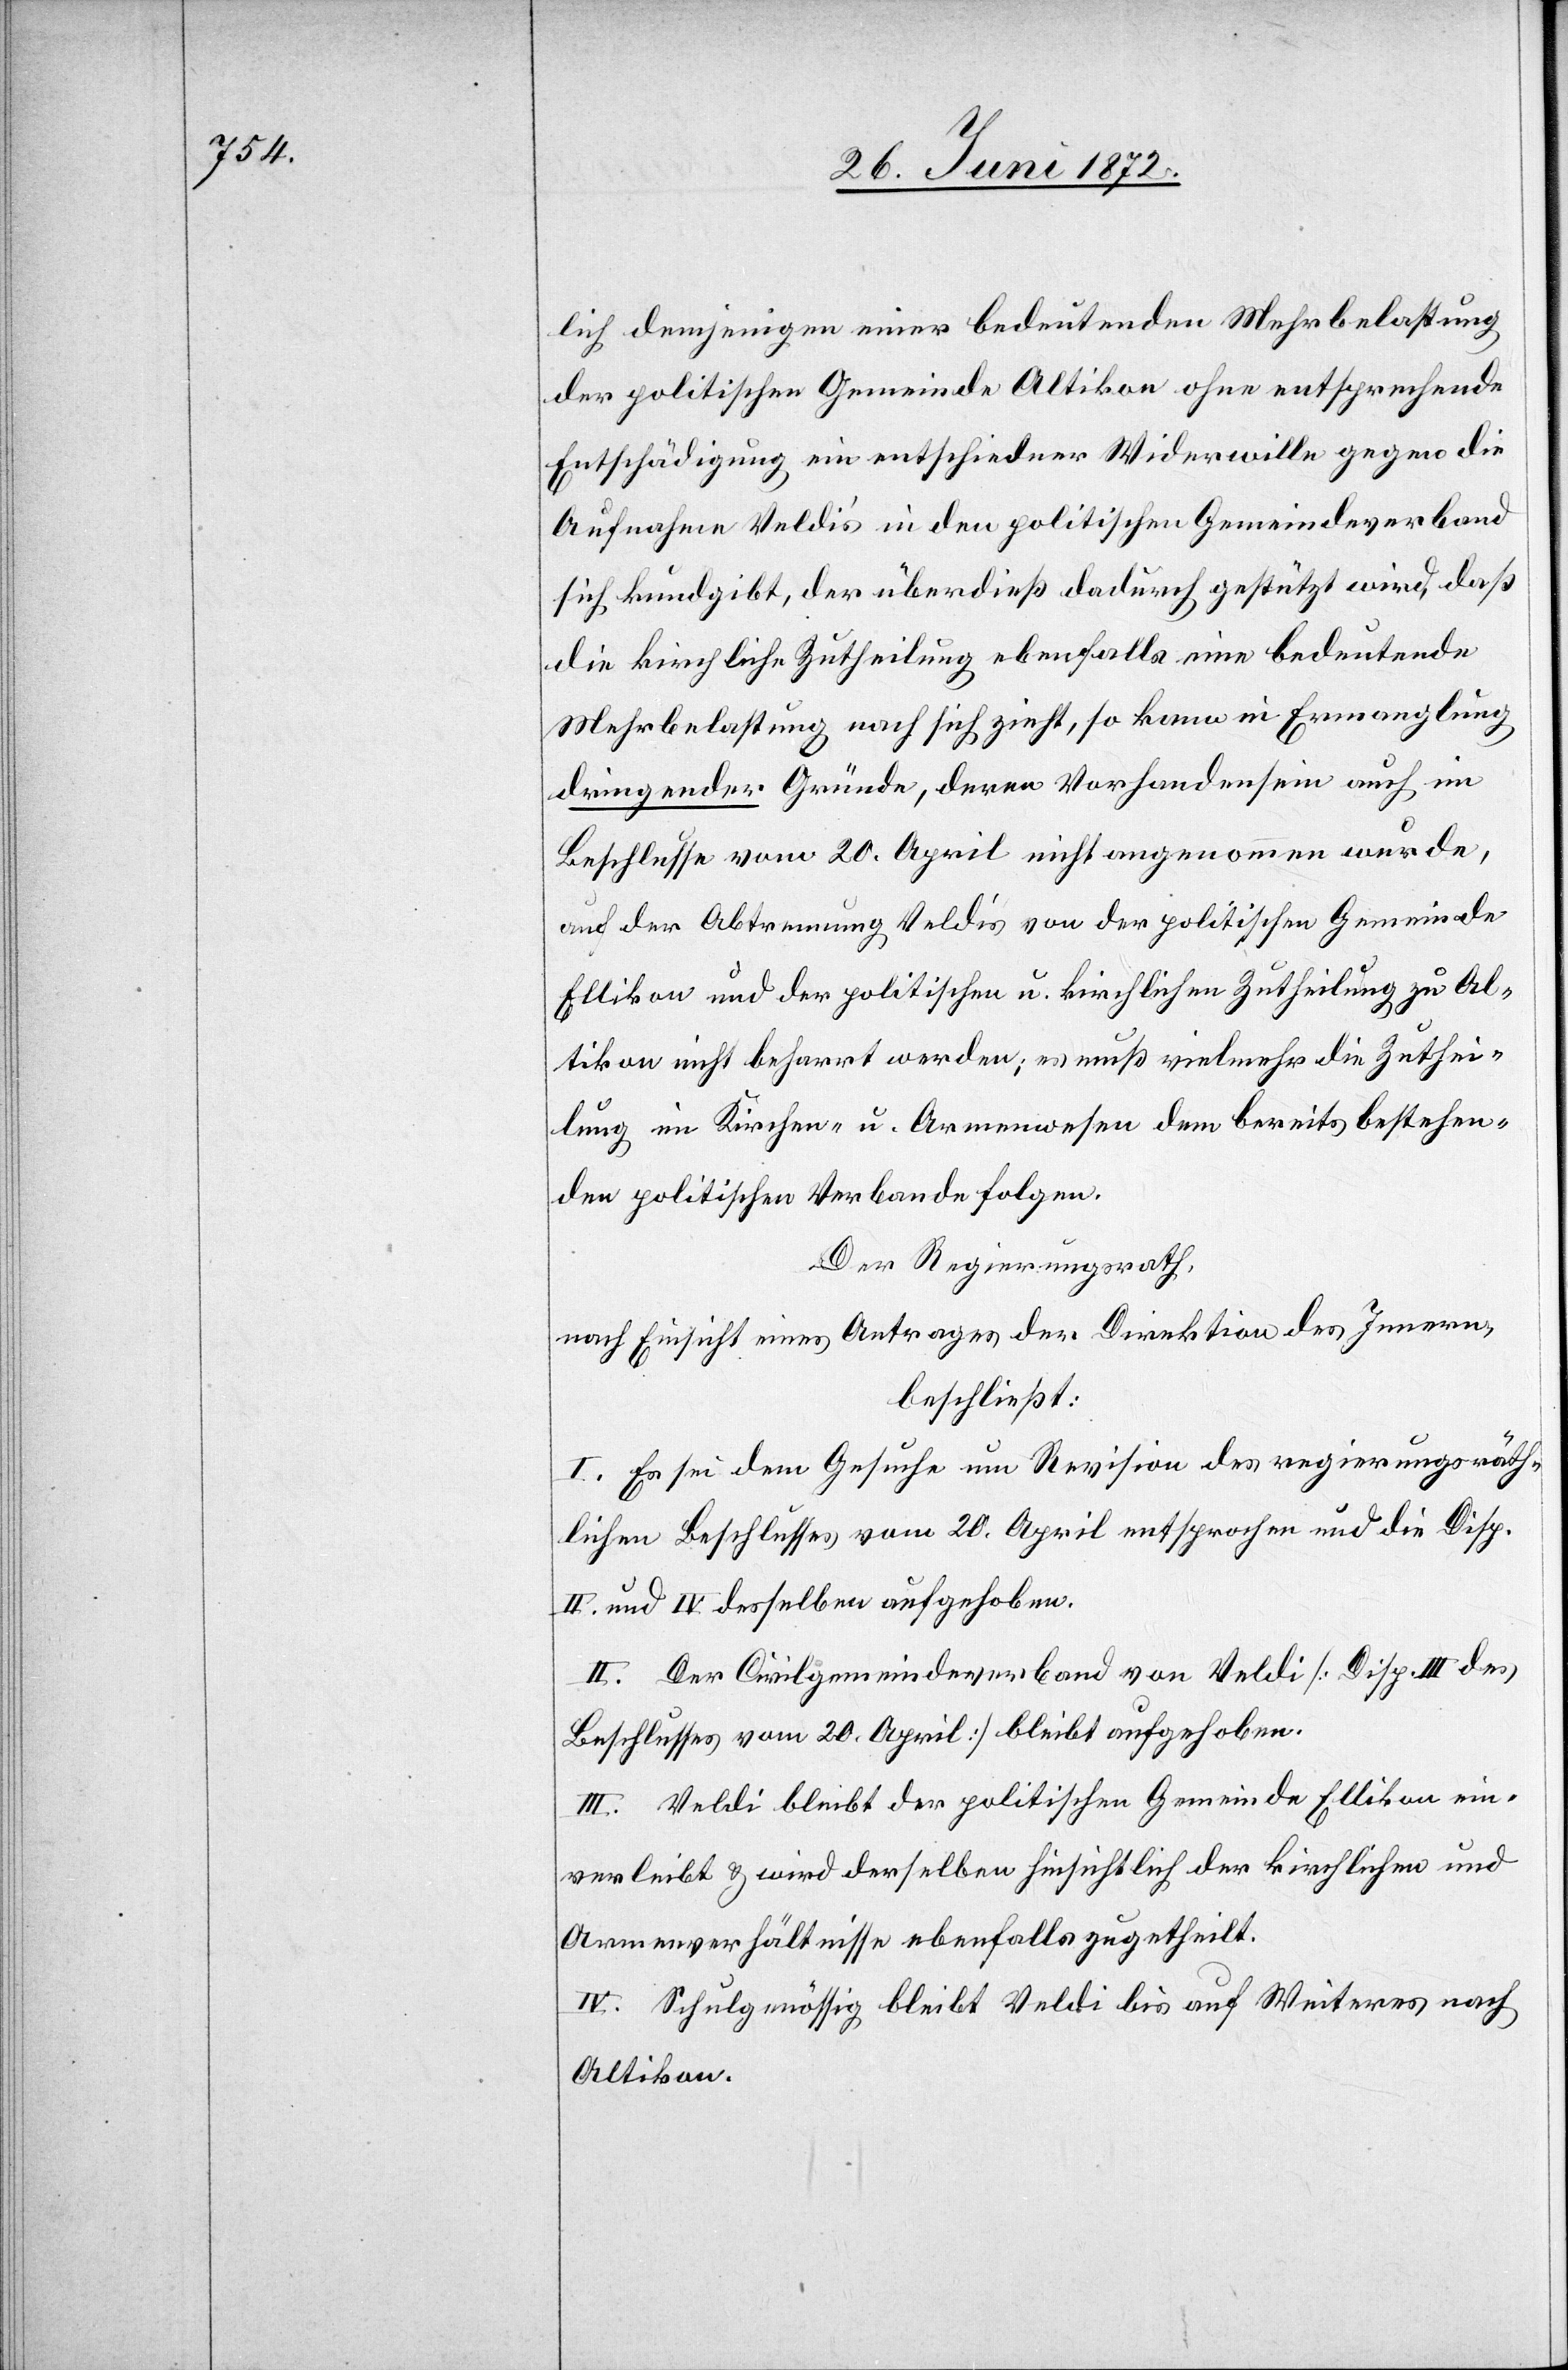
lich demjenigen einer bedeutenden Mehrbelastung
der politischen Gemeinde Altikon ohne entsprechende
Entschädigung ein entschiedener Widerwille gegen die
Aufnahme Veldi’s in den politischen Gemeindeverband
sich kundgibt, der überdieß dadurch gestützt wird, daß
die kirchliche Zutheilung ebenfalls eine bedeutende
Mehrbelastung nach sich zieht, so kann in Ermanglung
dringender Gründe, deren Vorhandensein auch im
Beschlusse vom 20. April nicht angenommen wurde,
auf der Abtrennung Veldi’s von der politischen Gemeinde
Ellikon und der politischen u. kirchlichen Zutheilung zu Al¬
tikon nicht beharrt werden; es muß vielmehr die Zuthei¬
lung im Kirchen- u. Armenwesen dem bereits bestehen¬
den politischen Verbande folgen.
Der Regierungsrath,
nach Einsicht eines Antrages der Direktion des Innern,
beschließt:
I. Es sei dem Gesuche um Revision des regierungsräth¬
lichen Beschlusses vom 20. April entsprochen und die Disp
II. und IV desselben aufgehoben.
II. Der Civilgemeindeverband von Veldi [Disp. III des
Beschlusses vom 20. April] bleibt aufgehoben.
III. Veldi bleibt der politischen Gemeinde Ellikon ein¬
verleibt u. wird derselben hinsichtlich der kirchlichen und
Armenverhältnisse ebenfalls zugetheilt.
IV. Schulgenössig bleibt Veldi bis auf Weiteres nach
Altikon.